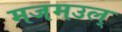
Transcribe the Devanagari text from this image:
मजमउल्